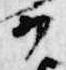
か